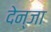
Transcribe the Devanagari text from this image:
देन्जा